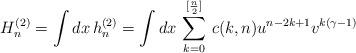
LaTeX: \begin{align*}H_{n}^{(2)} = \int dx\,h_{n}^{(2)} = \int dx\,\sum_{k=0}^{[{n\over2}]}\,c(k,n) u^{n-2k+1} v^{k(\gamma -1)}\end{align*}